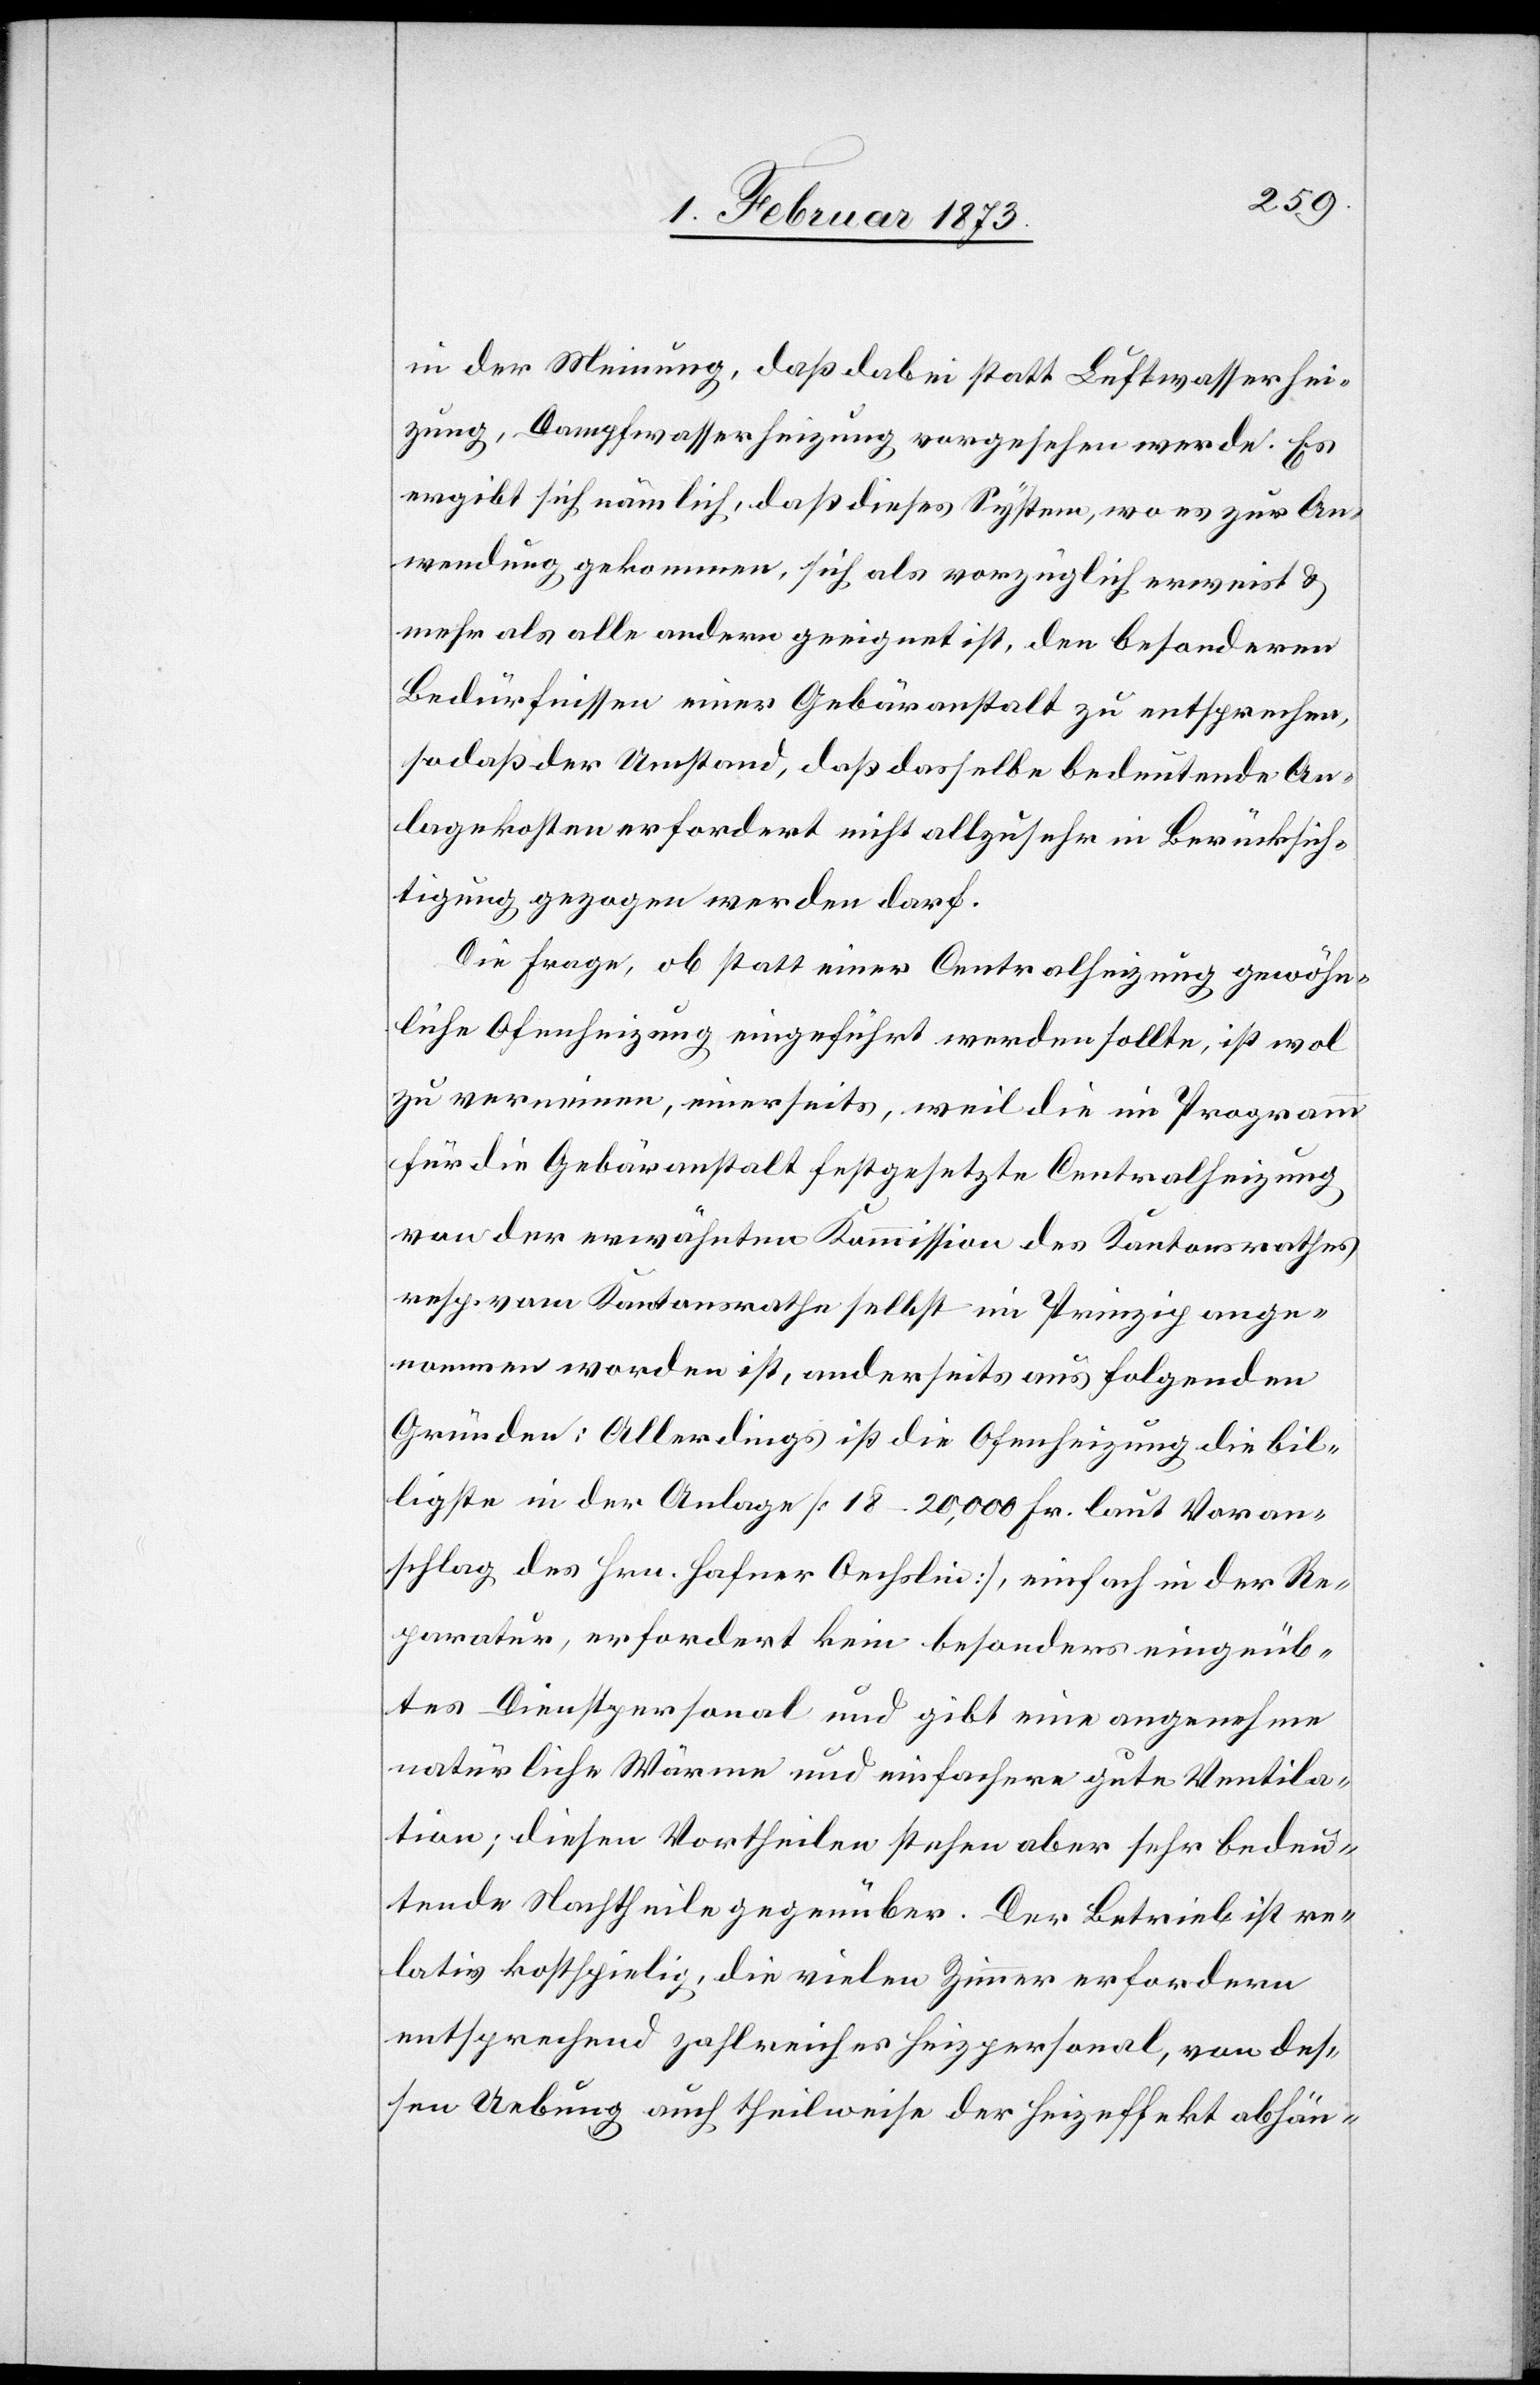
in der Meinung, daß dabei statt Luftwasserhei¬
zung, Dampfwasserheizung vorgesehen werde. Es
ergibt sich nämlich, daß dieses System, wo es zur An¬
wendung gekommen, sich als vorzüglich erweist u.
mehr als alle andern geeignet ist, den besonderen
Bedürfnissen einer Gebäranstalt zu entsprechen,
sodaß der Umstand, daß dasselbe bedeutende An¬
lagekosten erfordert nicht allzu sehr in Berücksich¬
tigung gezogen werden darf.
Die Frage, ob statt einer Centralheizung gewöhn¬
liche Ofenheizung eingeführt werden sollte, ist wol
zu verneinen, einerseits, weil die im Programm
für die Gebäranstalt festgesetzte Centralheizung
von der erwähnten Kommission des Kantonsrathes
resp. vom Kantonsrathe selbst im Prinzip ange¬
nommen worden ist, anderseits aus folgenden
Gründen: Allerdings ist die Ofenheizung die bil¬
ligste in der Anlage [18–20,000 Fr. laut Voran¬
schlag des Hrn. Hafner Oechslin], einfach in der Re¬
paratur, erfordert kein besonderes eingeüb¬
tes Dienstpersonal und gibt eine angenehme
natürliche Wärme und einfachere gute Ventila¬
tion; diesen Vortheilen stehen aber sehr bedeu¬
tende Nachtheile gegenüber. Der Betrieb ist re¬
lativ kostspielig, die vielen Zimmer erfordern
entsprechend zahlreiches Heizpersonal, von des¬
sen Uebung auch theilweise der Heizeffekt abhän-